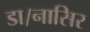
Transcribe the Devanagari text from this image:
डा।नासिर